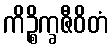
ကိဉ္စိက္ခဇီဝိတံ